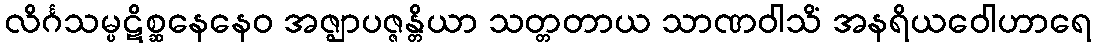
လိင်္ဂသမ္ပဋိစ္ဆနေနေဝ အဇ္ဈာပဇ္ဇန္တိယာ သတ္တတာယ သာဏဝါသိံ အနရိယဝေါဟာရေ